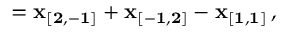
{ \bf \delta } = { \bf x _ { [ 2 , - 1 ] } } + { \bf x _ { [ - 1 , 2 ] } } - { \bf x _ { [ 1 , 1 ] } } \, ,